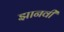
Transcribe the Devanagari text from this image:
झानवी